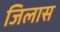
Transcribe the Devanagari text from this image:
जिलास